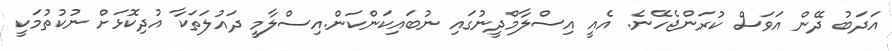
އަދަބު ދޭން އަވަސް ކުރަންޖެހޭނެ. އެއީ އިސްލާމްދީނުގައި ނުބައިކަންކަން.އިސްލާމީ ދައުލަތަކާ އުދިކޮޅަށް ނުކުތުމަކީ